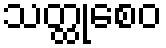
သတ္ထုစေဝ